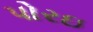
પોરઇ